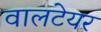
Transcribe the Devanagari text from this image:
वालटेयर